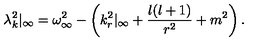
\lambda _ { k } ^ { 2 } | _ { \infty } = \omega _ { \infty } ^ { 2 } - \left( k _ { r } ^ { 2 } | _ { \infty } + { \frac { l ( l + 1 ) } { r ^ { 2 } } } + m ^ { 2 } \right) .